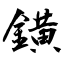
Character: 鐄